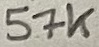
Text: 57K